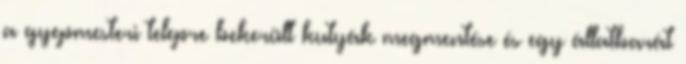
a gyepmesteri telepre bekerült kutyák megmentése és egy állatbarát